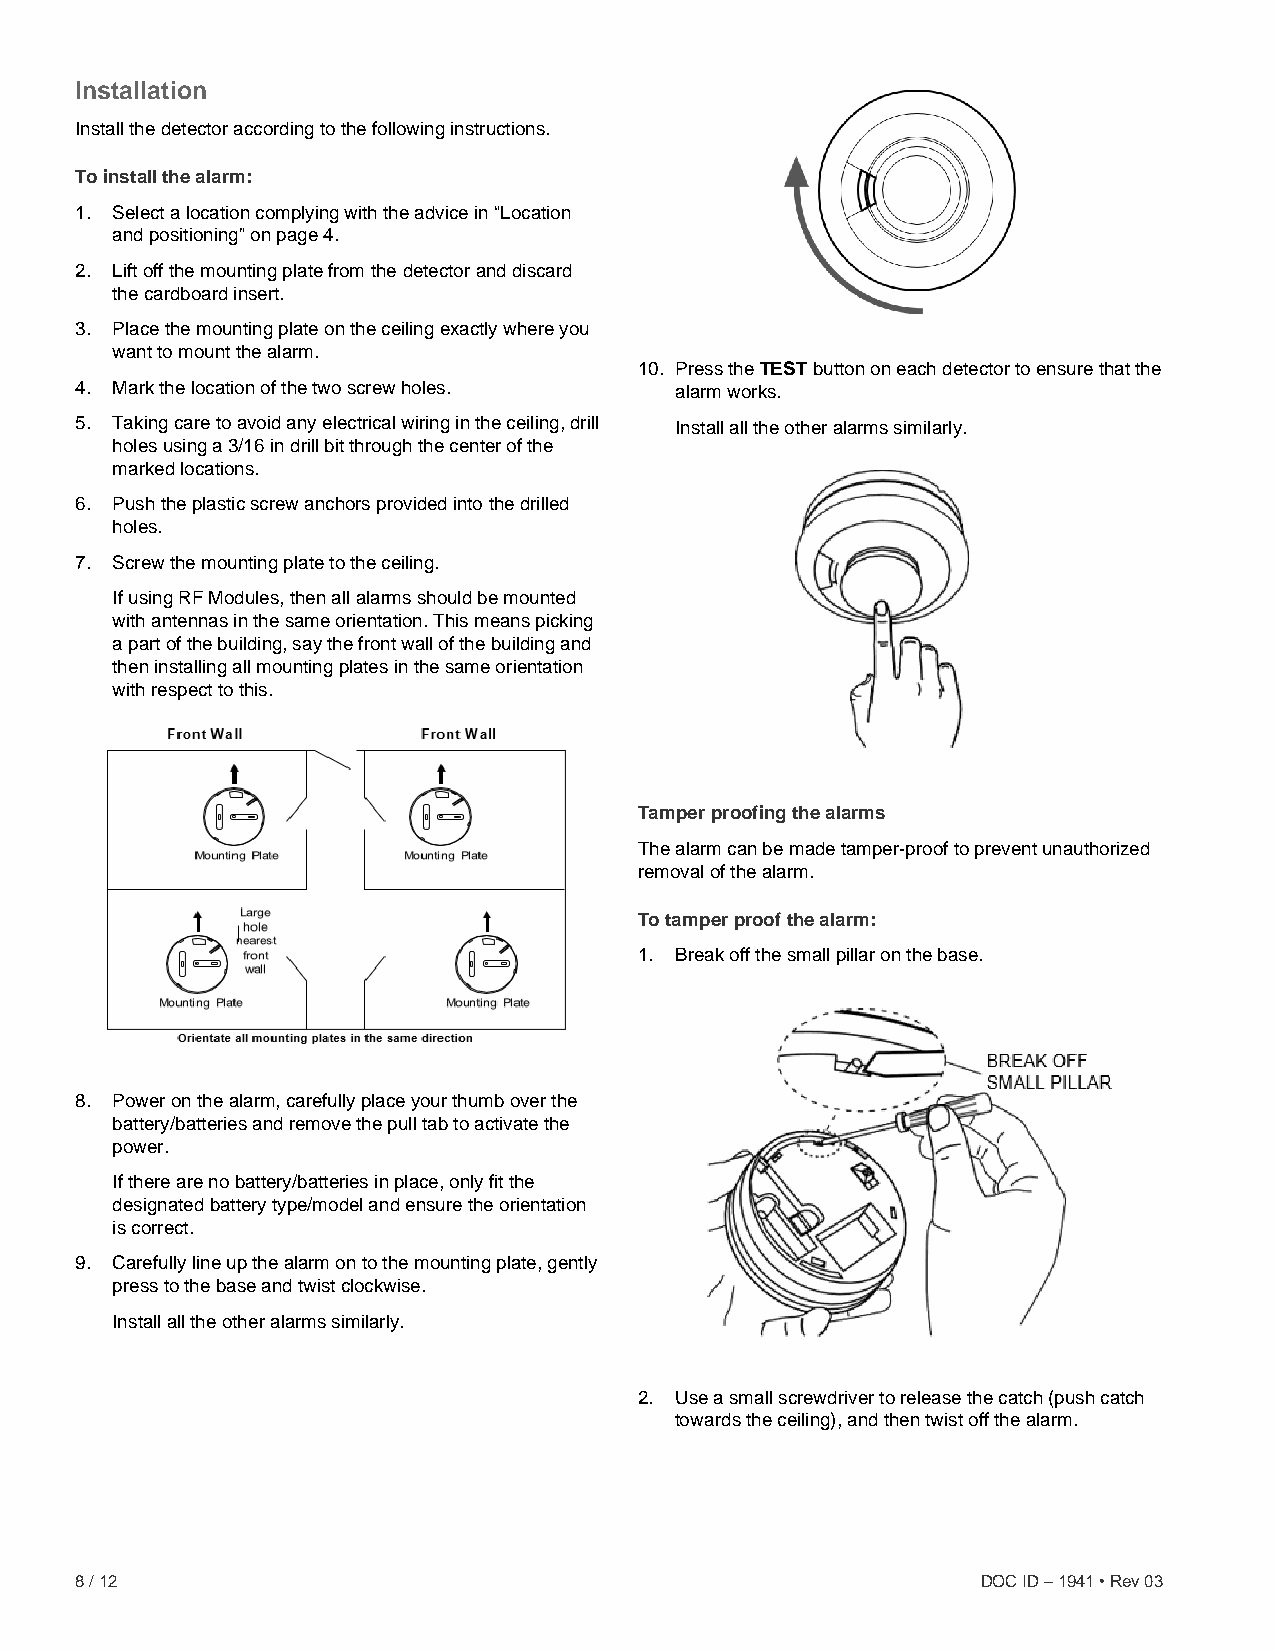
Installation
 Install the detector according to the following instructions.
 To install the alarm:
 1. Select a location complying with the advice in “Location
 and positioning” on page 4.
 2. Lift off the mounting plate from the detector and discard
 the cardboard insert.
 3. Place the mounting plate on the ceiling exactly where you
 want to mount the alarm.
 10. Press the TEST button on each detector to ensure that the
 4. Mark the location of the two screw holes. alarm works.
 5. Taking care to avoid any electrical wiring in the ceiling, drill Install all the other alarms similarly.
 holes using a 3/16 in drill bit through the center of the
 marked locations.
 6. Push the plastic screw anchors provided into the drilled
 holes.
 7. Screw the mounting plate to the ceiling.
 If using RF Modules, then all alarms should be mounted
 with antennas in the same orientation. This means picking
 a part of the building, say the front wall of the building and
 then installing all mounting plates in the same orientation
 with respect to this.
 Tamper proofing the alarms
 The alarm can be made tamper-proof to prevent unauthorized
 removal of the alarm.
 To tamper proof the alarm:
 1. Break off the small pillar on the base.
 8. Power on the alarm, carefully place your thumb over the
 battery/batteries and remove the pull tab to activate the
 power.
 If there are no battery/batteries in place, only fit the
 designated battery type/model and ensure the orientation
 is correct.
 9. Carefully line up the alarm on to the mounting plate, gently
 press to the base and twist clockwise.
 Install all the other alarms similarly.
 2. Use a small screwdriver to release the catch (push catch
 towards the ceiling), and then twist off the alarm.
 8 / 12                                                      DOC ID – 1941 • Rev 03